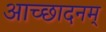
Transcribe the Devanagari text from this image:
आच्छादनम्‌